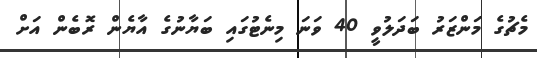
މެޗުގެ މަންޒަރު ބަދަލުވީ 40 ވަނަ މިނެޓުގައި ބަޔާނުގެ އާޔެން ރޮބެން އަށް